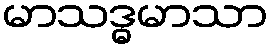
မာသဒ္ဓမာသာ